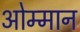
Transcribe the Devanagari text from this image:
ओम्मान